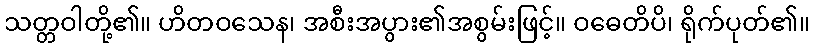
သတ္တဝါတို့၏။ ဟိတဝသေန၊ အစီးအပွား၏အစွမ်းဖြင့်။ ဝဓေတိပိ၊ ရိုက်ပုတ်၏။